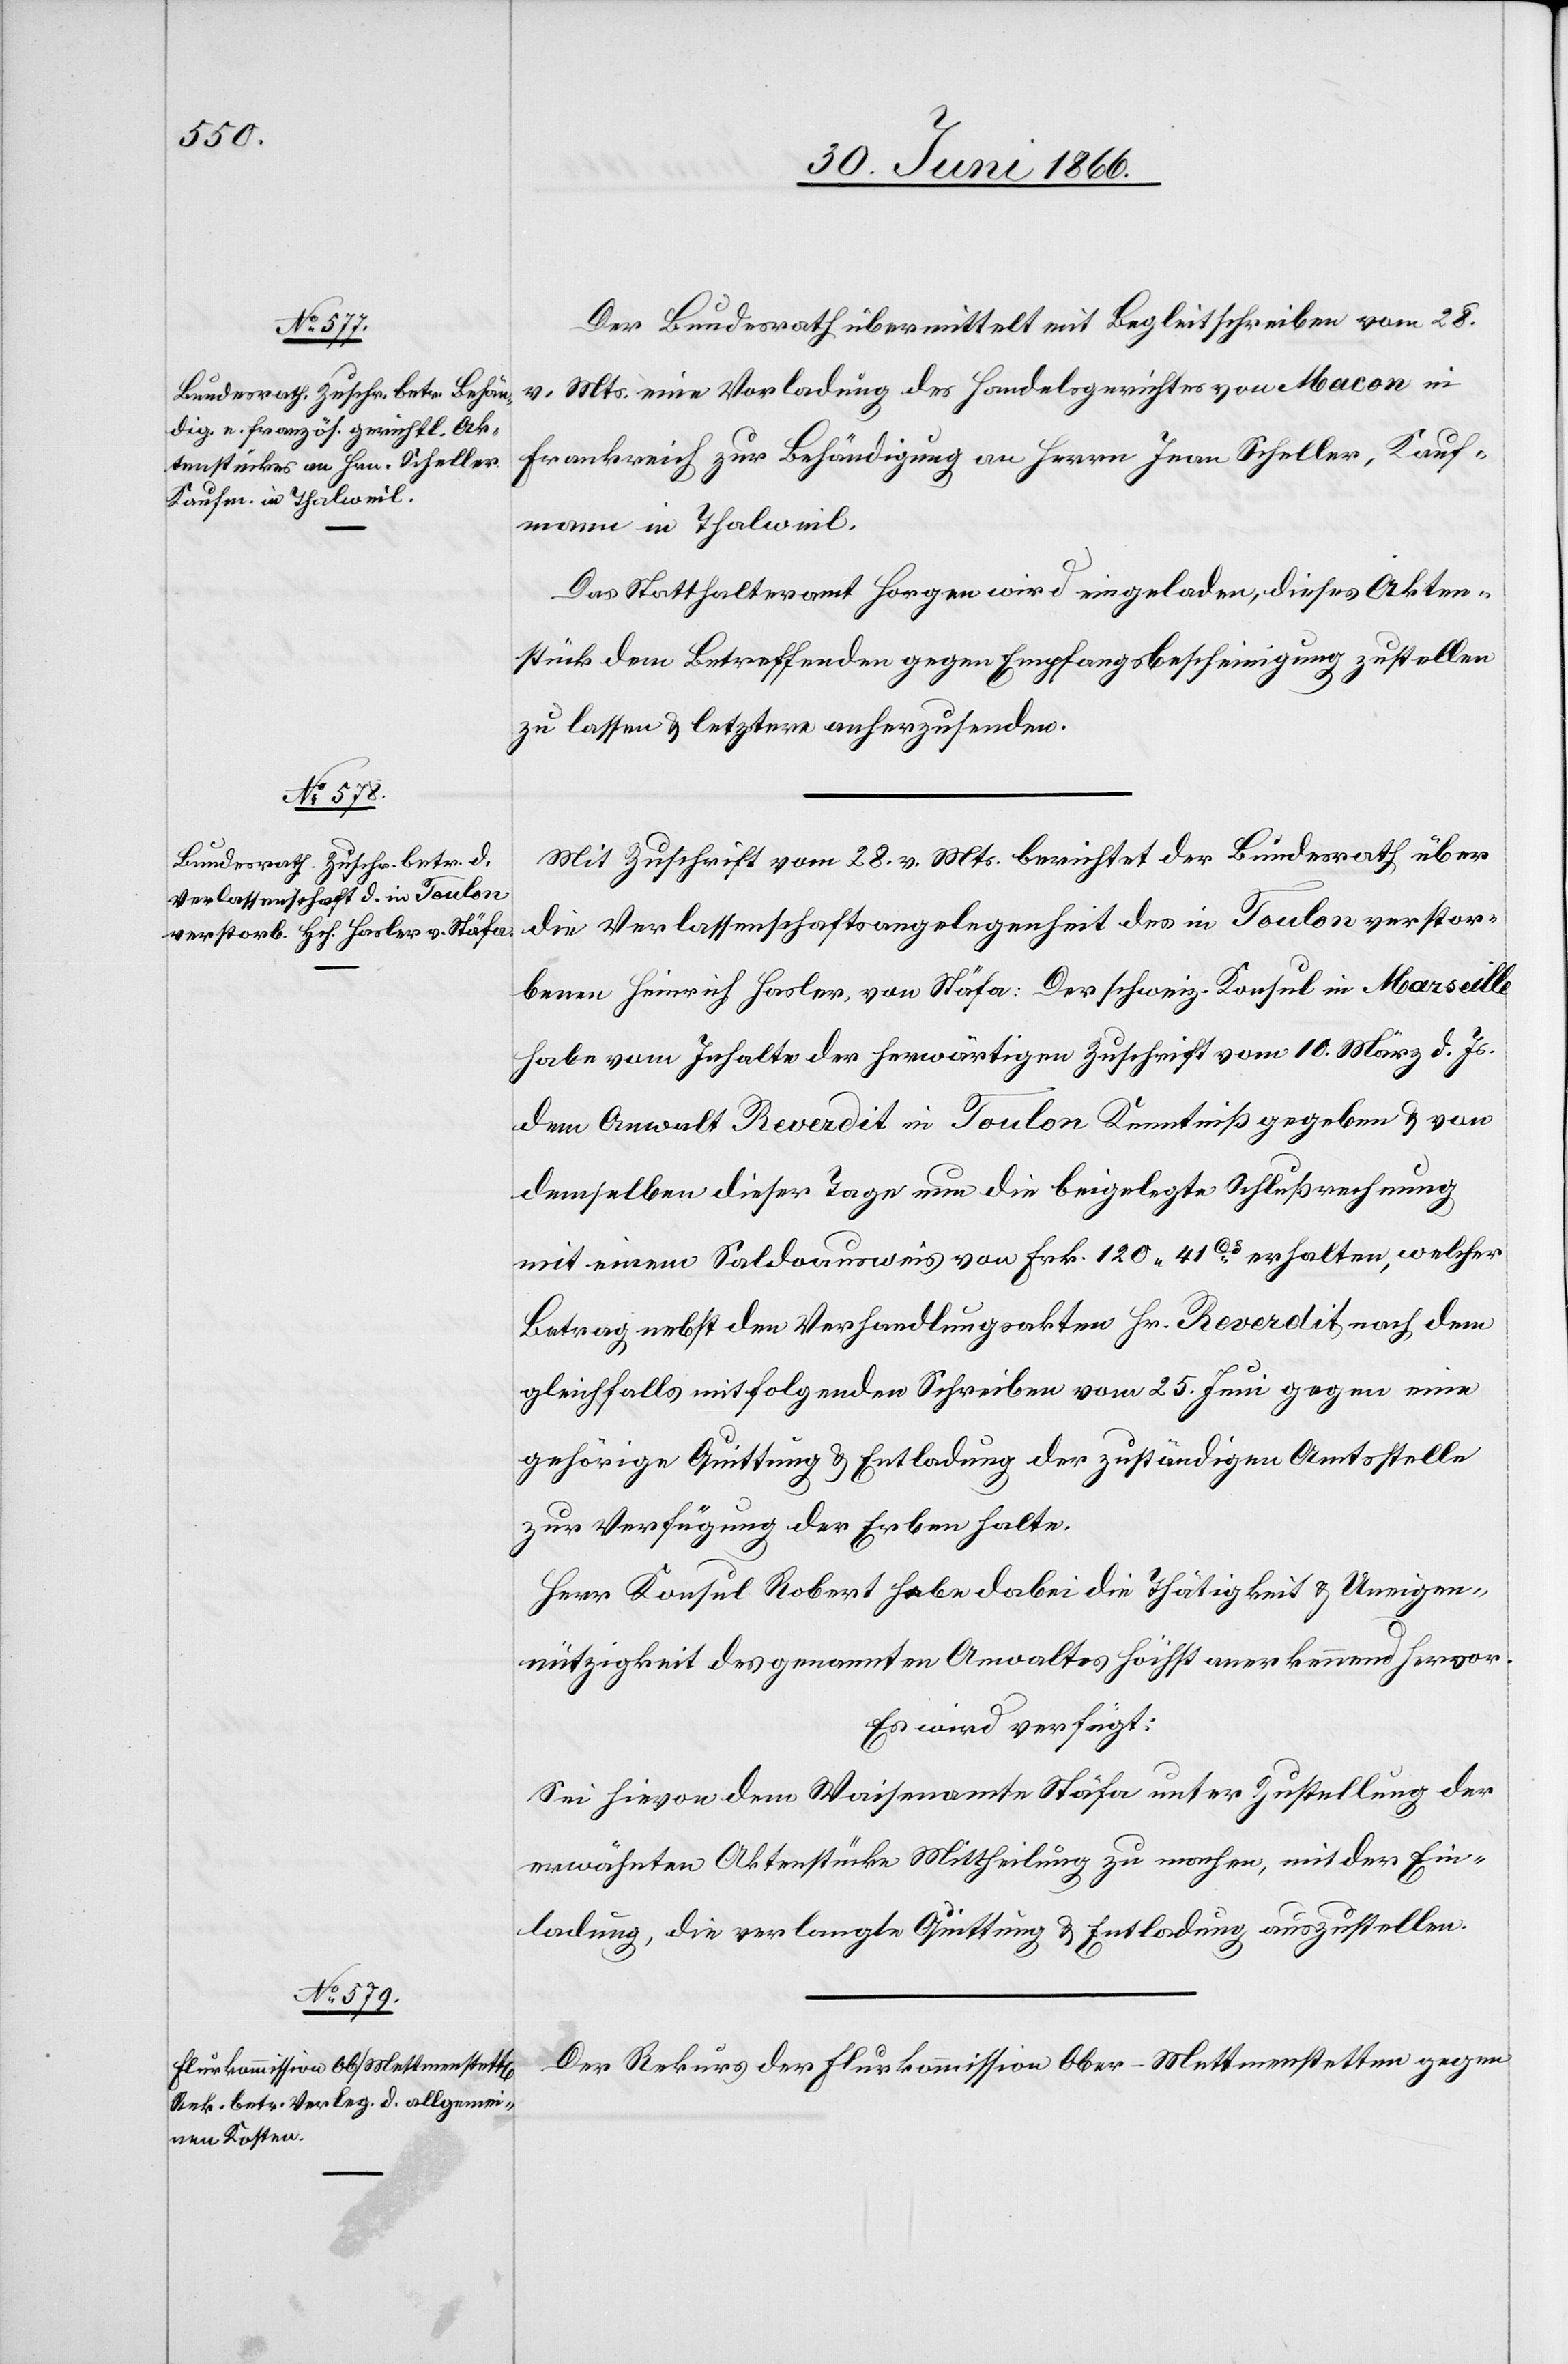
2. Juli 1866.]
Der Bundesrath übermittelt mit Begleitschreiben vom 28.
v. Mts. eine Vorladung des Handelsgerichtes von Macon in
Frankreich zur Behändigung an Herrn Jean Scheller, Kauf¬
mann in Thalweil.
Das Statthalteramt Horgen wird eingeladen, dieses Akten¬
stück dem Betreffenden gegen Empfangsbescheinigung zustellen
zu lassen u. letztere anherzusenden.
Mit Zuschrift vom 28. v. Mts. berichtet der Bundesrath über
die Verlassenschaftsangelegenheit des in Toulon verstor¬
benen Heinrich Hasler, von Stäfa: Der schweiz. Konsul in Marseille
habe vom Inhalte der herwärtigen Zuschrift vom 10. März d. Js.
dem Anwalt Reverdit in Toulon Kenntniß gegeben u. von
demselben dieser Tage eine beigelegte Schlußrechnung
mit einem Soldausweis von Frk. 120.41 CS. erhalten, welcher
Betrag nebst den Verhandlungsakten Hr. Reverdit nach dem
gleichfalls mit folgenden Schreiben vom 25. Juni gegen eine
gehörige Quittung u. Entladung der zuständigen Amtsstelle
zur Verfügung der Erben halte.
Herr Konsul Robert hebe dabei die Thätigkeit u. Uneigen¬
nützigkeit des genannten Anwaltes höchst anerkennend hervor.
Es wird verfügt:
Sei hievon dem Waisenamte Stäfa unter Zustellung der
erwähnten Aktenstücke Mittheilung zu machen, mit der Ein¬
ladung, die verlangte Quittung u. Entladung auszustellen.
Der Rekurs der Flurkommission Ober-Mettmenstetten gegen